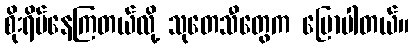
စိုးရိမ်နေကြတယ်လို့ သုတေသီတွေက ပြောပါတယ်။